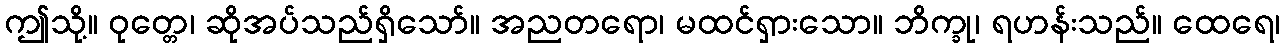
ဤသို့။ ဝုတ္တေ၊ ဆိုအပ်သည်ရှိသော်။ အညတရော၊ မထင်ရှားသော။ ဘိက္ခု၊ ရဟန်းသည်။ ထေရေ၊